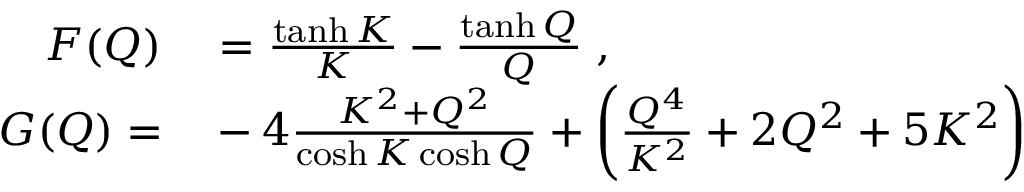
\begin{array} { r l } { F ( Q ) } & { { } = \frac { \operatorname { t a n h } K } { K } - \frac { \operatorname { t a n h } Q } { Q } \; , } \\ { G ( Q ) = } & { { } - 4 \frac { K ^ { 2 } + Q ^ { 2 } } { \cosh K \cosh Q } + \left( \frac { Q ^ { 4 } } { K ^ { 2 } } + 2 Q ^ { 2 } + 5 K ^ { 2 } \right) } \end{array}